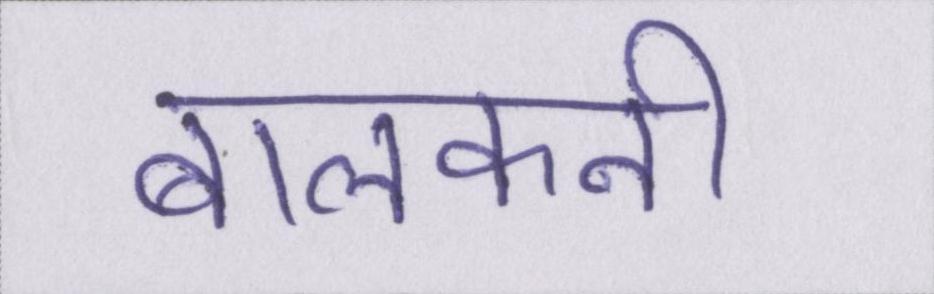
बालकनी